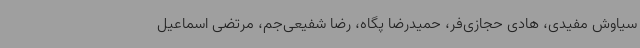
سیاوش مفیدی، هادی حجازی‌فر، حمیدرضا پگاه، رضا شفیعی‌جم، مرتضی اسماعیل